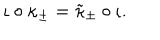
LaTeX: \iota \circ \kappa _ { \pm } = \tilde { \kappa } _ { \pm } \circ \iota .